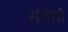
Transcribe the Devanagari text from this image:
संवेगो